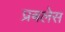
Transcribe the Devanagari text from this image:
प्रबलेस